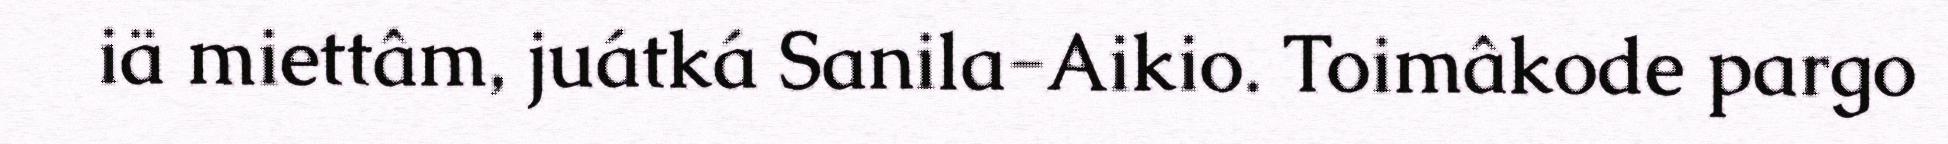
iä miettâm, juátká Sanila-Aikio. Toimâkode pargo